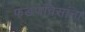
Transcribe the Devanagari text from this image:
फडणविसांना